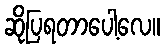
ဆိုပြရတာပေါ့လေ။